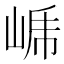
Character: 𭖤